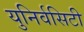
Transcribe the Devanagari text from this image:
युनिर्वसिटी